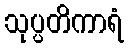
သုပ္ပတိကာရံ